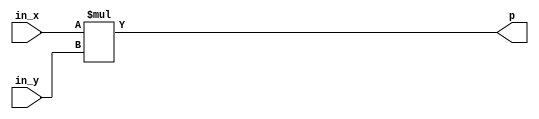
`timescale 1ns / 1ps

module signed_3bit_MUL(
    input signed [2:0] in_x,
    input signed [2:0] in_y,
    output signed [5:0] p
);

    assign p = in_x * in_y;

endmodule